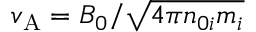
v _ { \mathrm { A } } = B _ { 0 } / \sqrt { 4 \pi n _ { 0 i } m _ { i } }